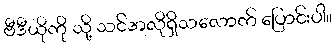
ဗီဒီယိုကို သို့ သင်အလိုရှိသလောက် ပြောင်းပါ။